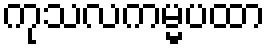
ကုသလကမ္မပထာ